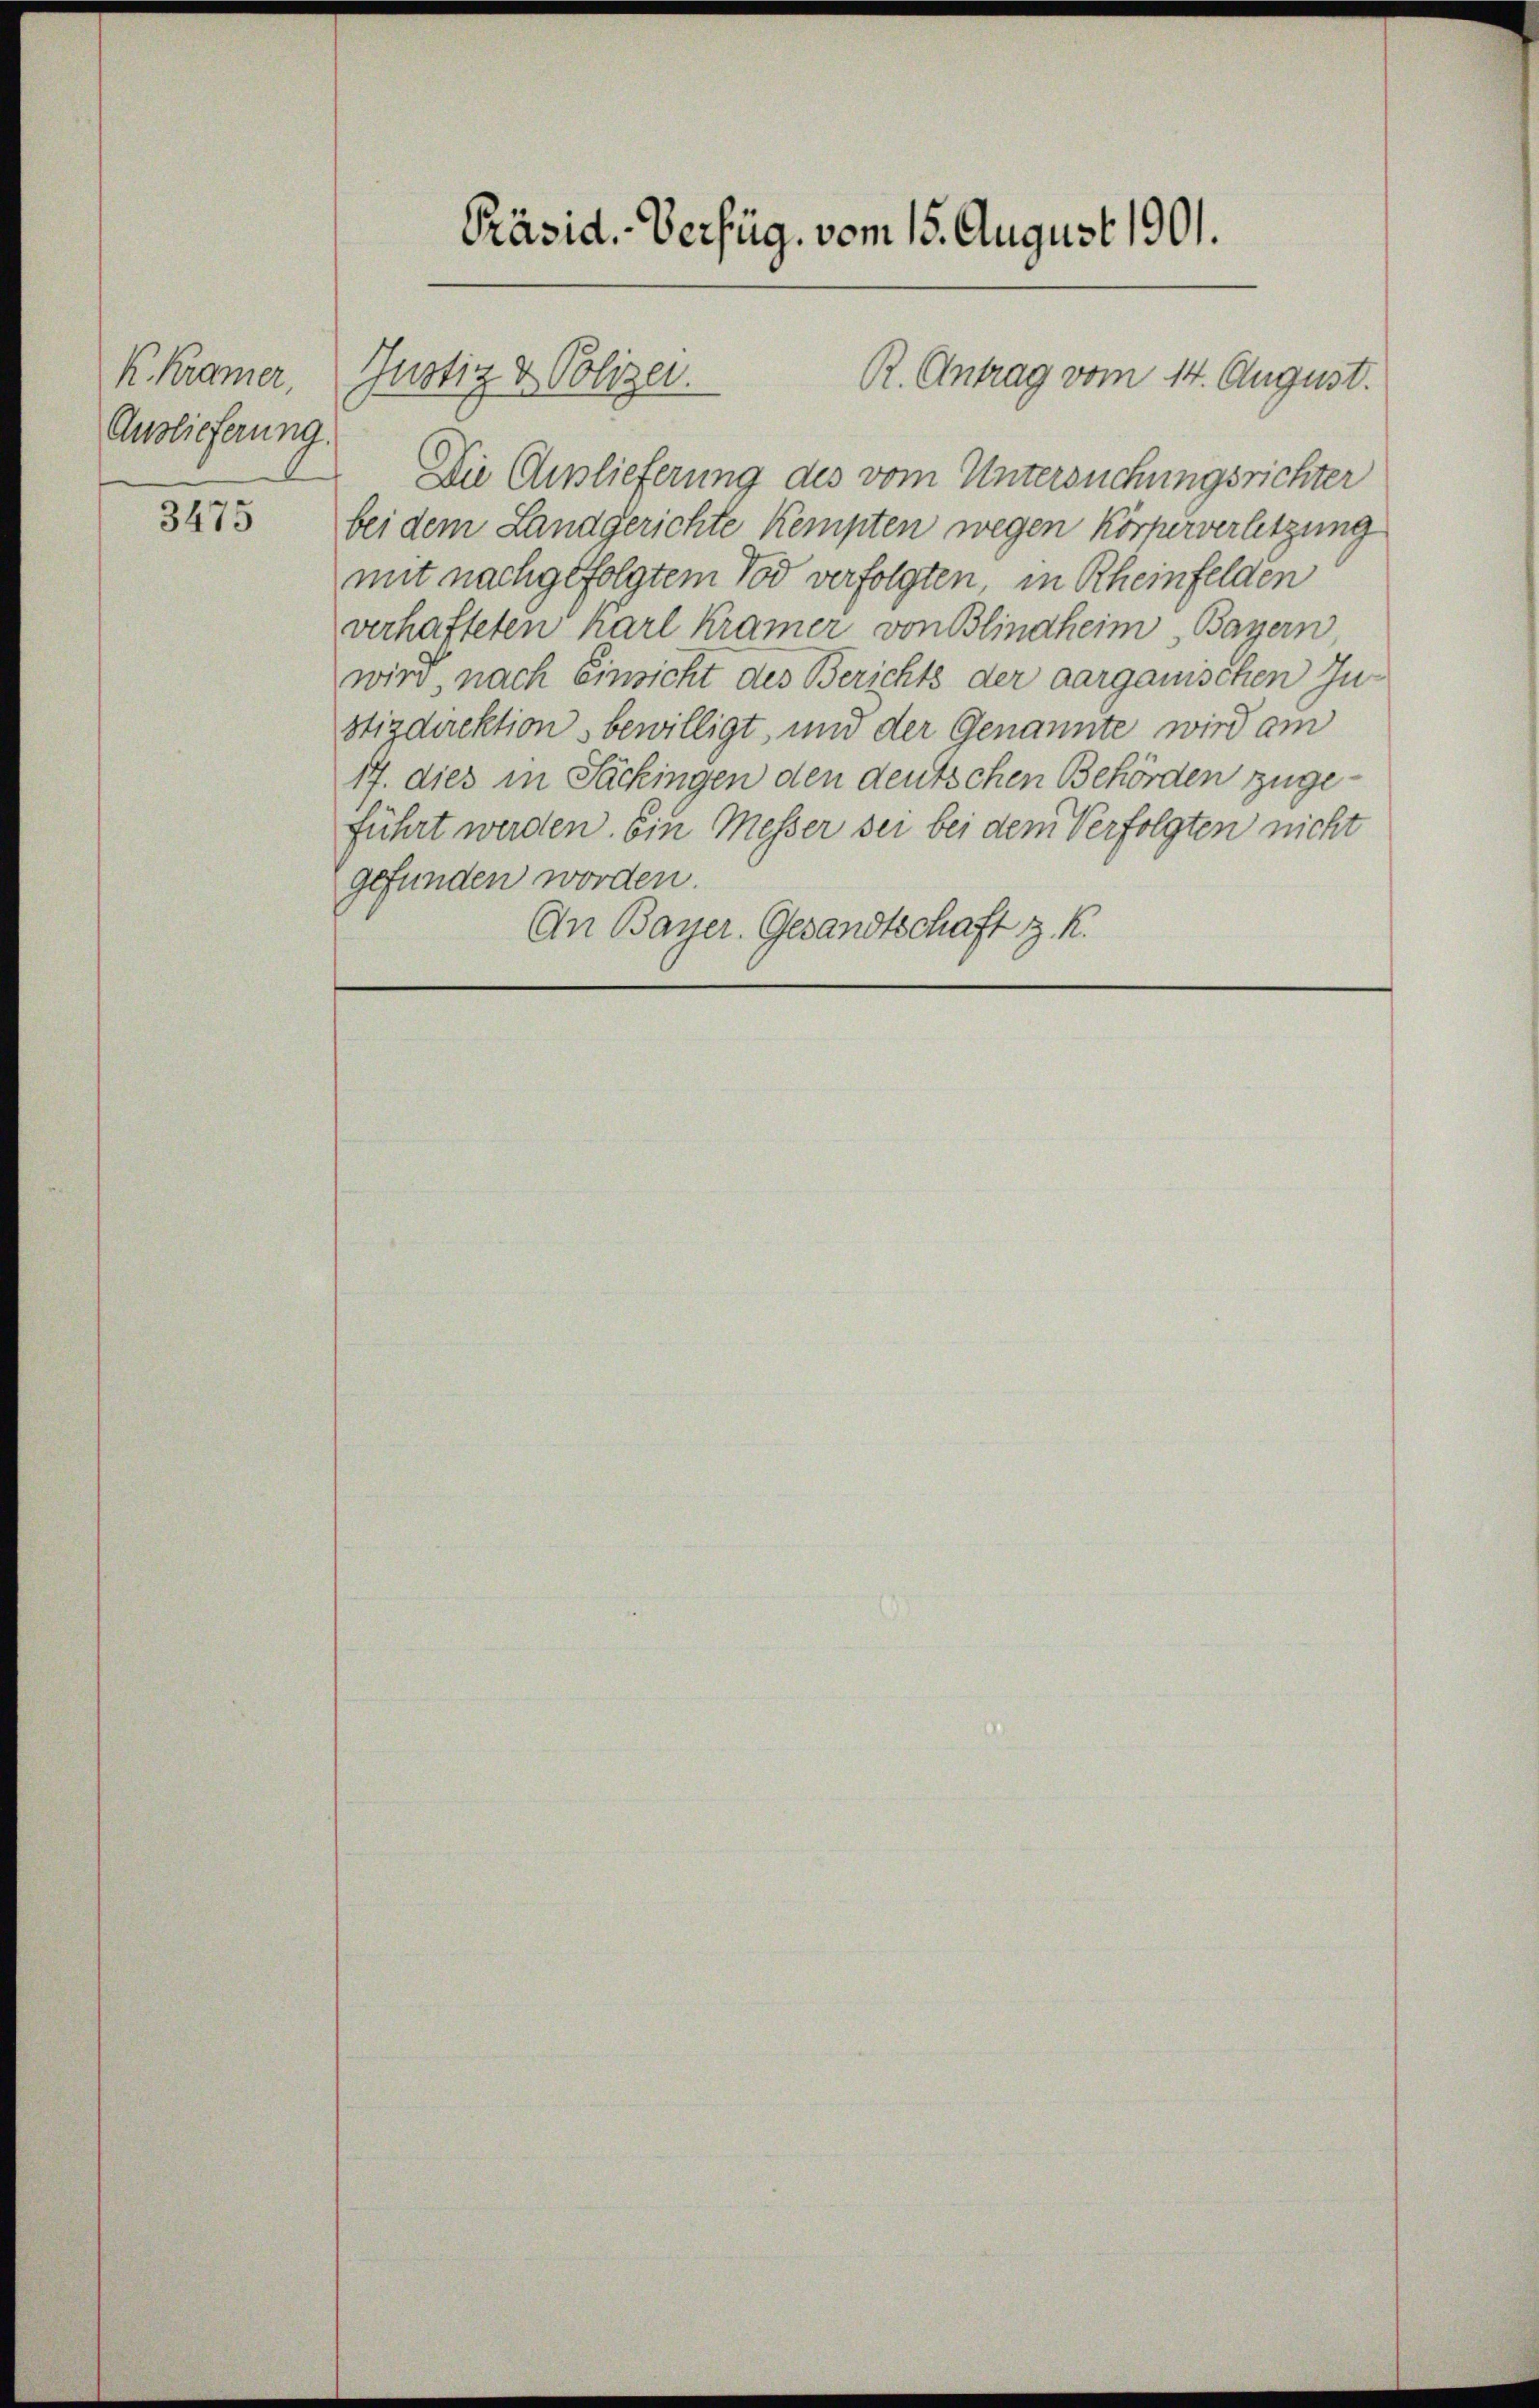
K. Krämer,
Auslieferung.

3475

Präsid. Verfüg, vom 15. August 1901.

Die Auslieferung des vom Untersuchungsrichter
bei dem Landgerichte Kempten wegen Körperverletzung
mit nachgefolgtem Tod verfolgten in Rheinfelden
verhafteten Karl Kramer von Blindheim Bayern
wird, nach Einsicht des Berichts der aargauischen In-
stizdirektion bewilligt, und der Genannte wird am
17. dies in Säckingen den deutschen Behörden zugeführt werden. Ein Messer sei bei dem Verfolgten nicht
gefunden worden.
An Bayer. Gesandtschaft z. K.

R. Antrag vom 14. August.
Gnotiz & Polizei.